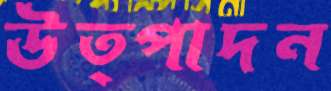
উত্পাদন